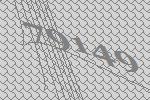
79149